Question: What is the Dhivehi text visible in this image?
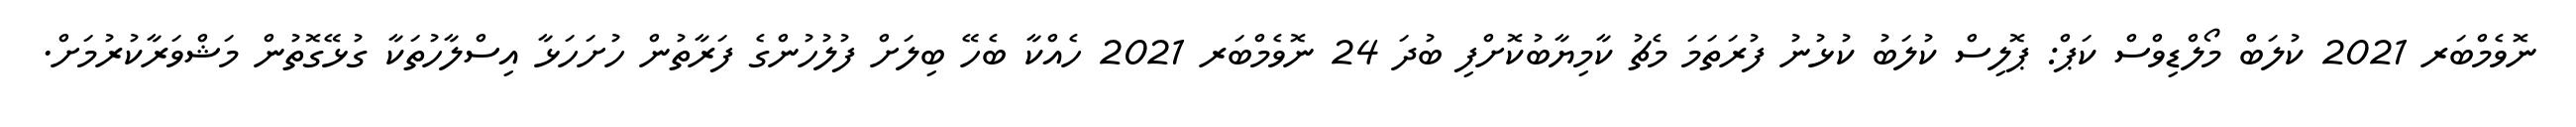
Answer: ނޮވެމްބަރ 2021 ކުލަބް މޯލްޑިވްސް ކަޕް: ޕޮލިސް ކުލަބު ކުޅުނު ފުރަތަމަ މެޗު ކާމިޔާބުކޮށްފި ބުދަ 24 ނޮވެމްބަރ 2021 ހެއްކާ ބެހޭ ބިލަށް ފުލުހުންގެ ފަރާތުން ހުށަހަޅާ އިސްލާހުތަކާ ގުޅޭގޮތުން މަޝްވަރާކުރުމަށް.